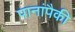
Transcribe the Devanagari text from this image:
पानांपैकी